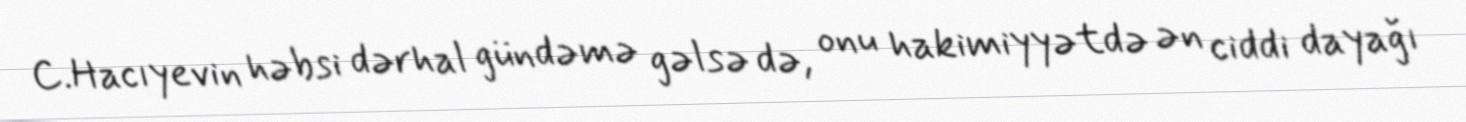
C.Hacıyevin həbsi dərhal gündəmə gəlsə də, onu hakimiyyətdə ən ciddi dayağı